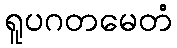
ရူပဂတမေတံ